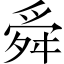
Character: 舜